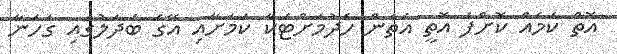
އޮތް ކަމެއް ކޮށްފަ އޮތީ އެތަން ހެދުމަށްޓަކާ ކަމަށާއި އޭގެ ބަދަލުގައި ގަހަނާ